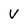
Character: v